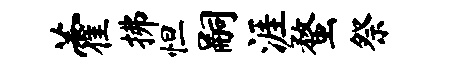
藿拂怛嗣涯蝥祭